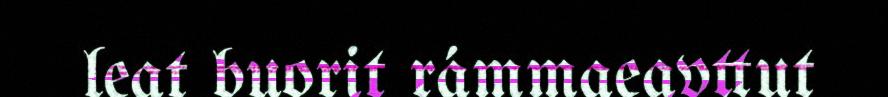
leat buorit rámmaeavttut